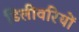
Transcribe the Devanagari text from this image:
डिलीवरियों